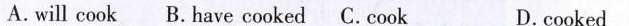
A.will cook B. have cooked C. cook D.cooked